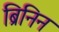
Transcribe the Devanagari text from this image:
ब्रिनिन